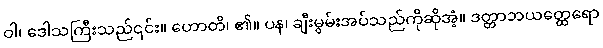
ဝါ၊ ဒေါသကြီးသည်၎င်း။ ဟောတိ၊ ၏။ ပန၊ ချီးမွမ်းအပ်သည်ကိုဆိုအံ့။ ဒတ္တာဘယတ္ထေရော